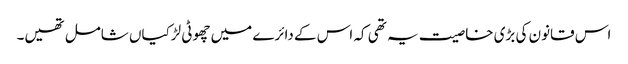
اس قانون کی بڑی خاصیت یہ تھی کہ اس کے دائرے میں چھوٹی لڑکیاں شامل تھیں۔